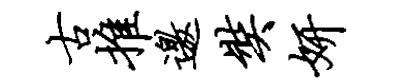
古推邀奘妍